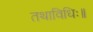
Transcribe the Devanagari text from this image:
तथाविधिः॥